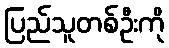
ပြည်သူတစ်ဦးကို